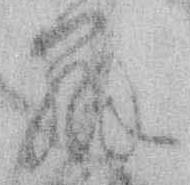
弁